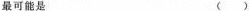
最可能是 ()